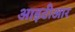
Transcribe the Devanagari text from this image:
आइटीआर